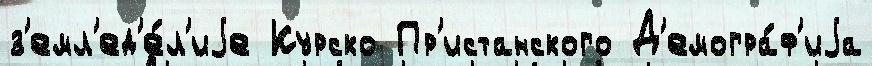
з'емл'ед'е́л'иjе Курско Пр'истанского Д'емогра́ф'иjа